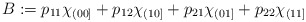
\begin{align*}B := p_{11} \chi_{(00]} + p_{12} \chi_{(10]} + p_{21} \chi_{(01]} + p_{22} \chi_{(11]} \end{align*}